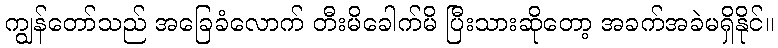
ကျွန်တော်သည် အခြေခံလောက် တီးမိခေါက်မိ ပြီးသားဆိုတော့ အခက်အခဲမရှိနိုင်။